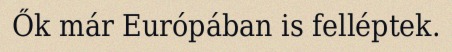
Ők már Európában is felléptek.